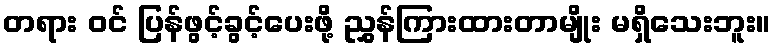
တရား ဝင် ပြန်ဖွင့်ခွင့်ပေးဖို့ ညွှန်ကြားထားတာမျိုး မရှိသေးဘူး။